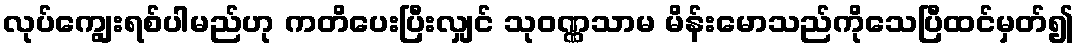
လုပ်ကျွေးရစ်ပါမည်ဟု ကတိပေးပြီးလျှင် သုဝဏ္ဏသာမ မိန်းမောသည်ကိုသေပြီထင်မှတ်၍